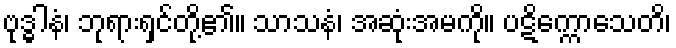
ဗုဒ္ဓါနံ၊ ဘုရားရှင်တို့၏။ သာသနံ၊ အဆုံးအမကို။ ပဋိက္ကောသေတိ၊